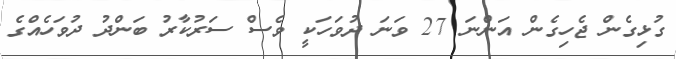
ގުޅިގެން ޖެހިގެން އަންނަ 27 ވަނަ ދުވަހަކީ ވެސް ސަރުކާރު ބަންދު ދުވަހެއްގެ